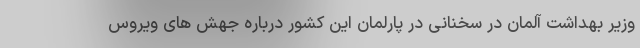
وزیر بهداشت آلمان در سخنانی در پارلمان این کشور درباره جهش های ویروس